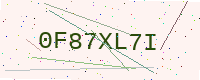
Text: 0F87XL7I